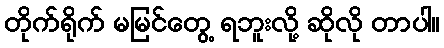
တိုက်ရိုက် မမြင်တွေ့ ရဘူးလို့ ဆိုလို တာပါ။